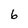
Character: 6